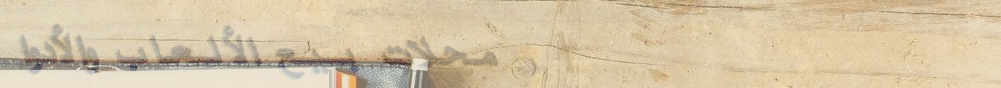
محلات بيع الألعاب والأدوا